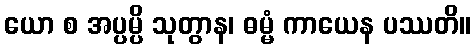
ယော စ အပ္ပမ္ပိ သုတွာန၊ ဓမ္မံ ကာယေန ပဿတိ။